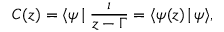
C ( z ) = \langle \psi \! \mid \frac { \imath } { z - \Gamma } = \langle \psi ( z ) \! \mid \! \psi \rangle ,